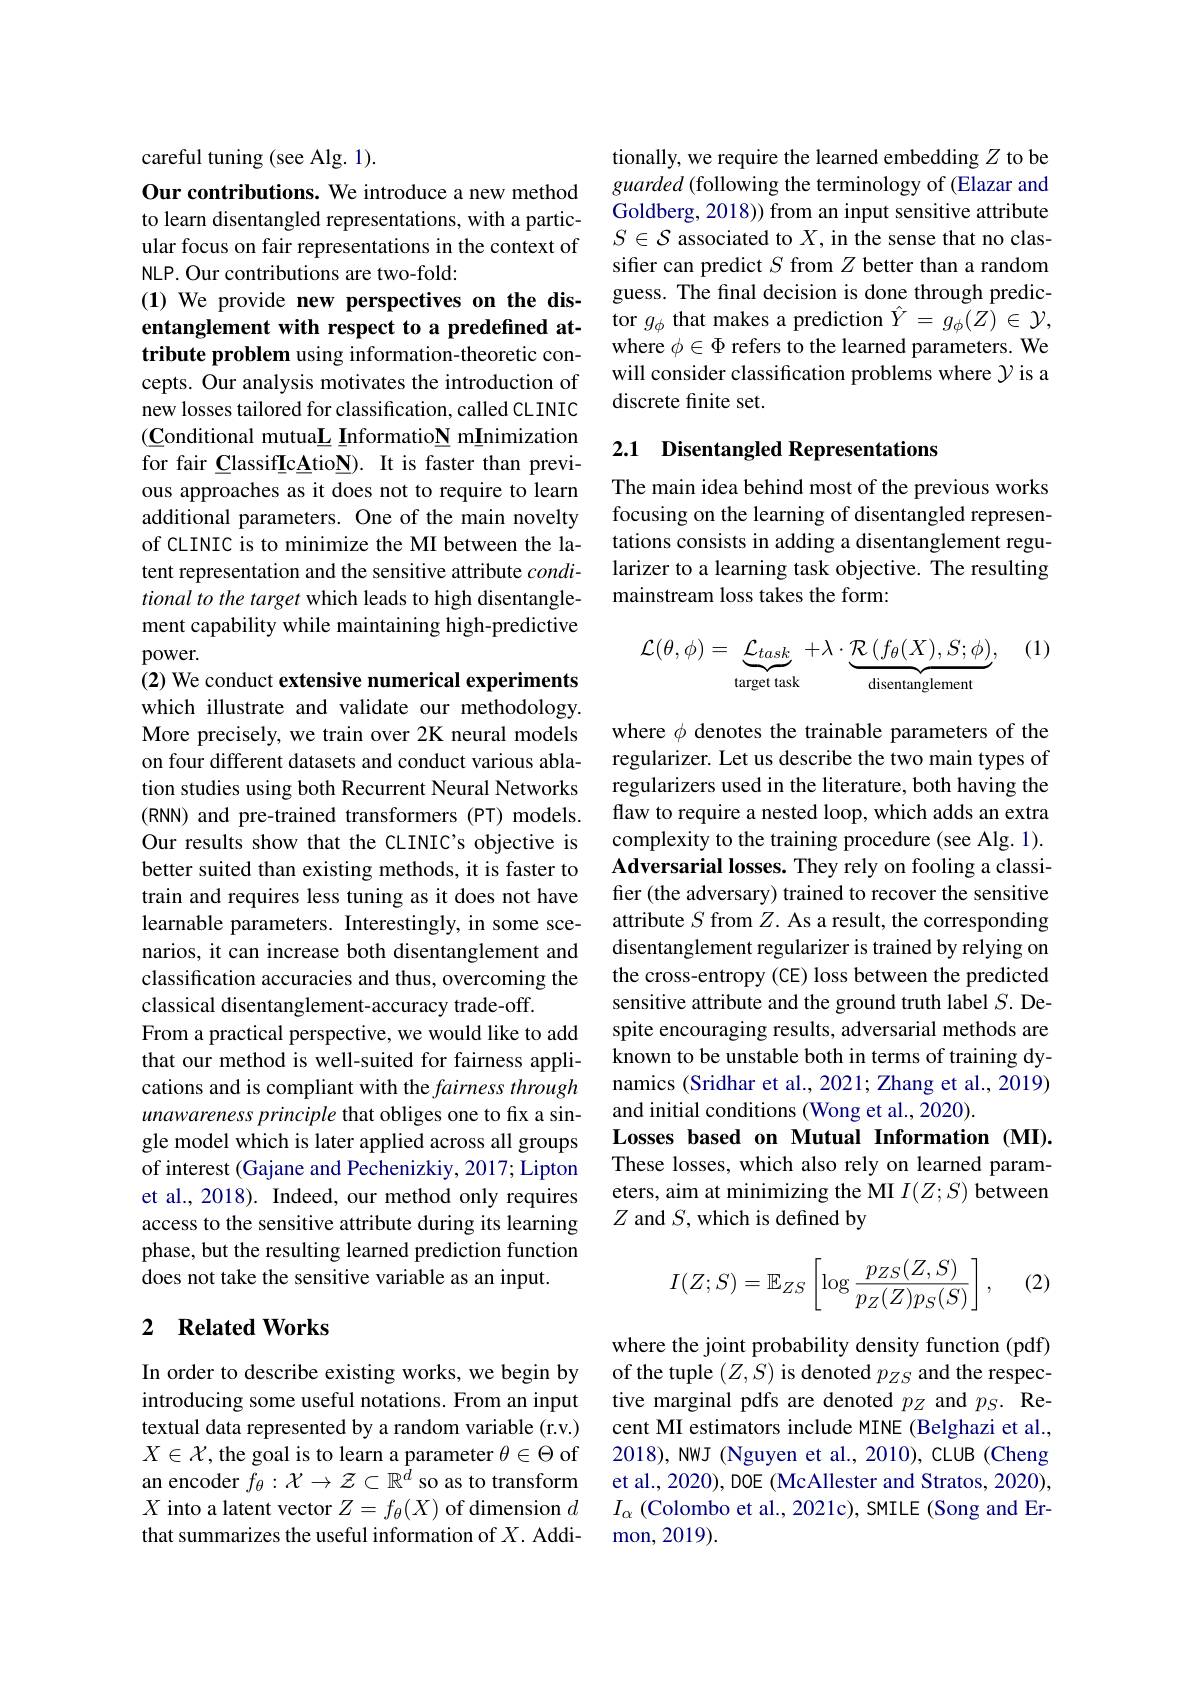
careful tuning (see Alg. 1).

Our contributions. We introduce a new method to learn disentangled representations, with a particular focus on fair representations in the context of NLP. Our contributions are two-fold:
(1) We provide new perspectives on the dis-

entanglement with respect to a predefined at-

tribute problem using information-theoretic con-

cepts. Our analysis motivates the introduction of

new losses tailored for classification, called CLINIC

$(\underline{\mathbf{C}}$onditional mutua$\underline{\mathbf{L}}\underline{\mathbf{I}}$nformatio$\underline{\mathbf{N}}$ m$\underline{\mathbf{I}}$nimization

for fair ClassifIcAtioN). It is faster than previ-

ous approaches as it does not to require to learn

additional parameters. One of the main novelty

of CLINIC is to minimize the MI between the la-

tent representation and the sensitive attribute $condi-$

tional to the target which leads to high disentangle-

ment capability while maintaining high-predictive

$power.$

(2) We conduct extensive numerical experiments which illustrate and validate our methodology. More precisely, we train over 2K neural models on four different datasets and conduct various ablation studies using both Recurrent Neural Networks (RNN) and pre-trained transformers (PT) models. Our results show that the CLINIC's objective is better suited than existing methods, it is faster to train and requires less tuning as it does not have learnable parameters. Interestingly, in some scenarios, it can increase both disentanglement and classification accuracies and thus, overcoming the classical disentanglement-accuracy trade-off.
From a practical perspective, we would like to add that our method is well-suited for fairness applications and is compliant with the fairness through unawareness principle that obliges one to fix a single model which is later applied across all groups of interest (Gajane and Pechenizkiy, 2017; Lipton et al., 2018). Indeed, our method only requires access to the sensitive attribute during its learning phase, but the resulting learned prediction function does not take the sensitive variable as an input.

## 2 $\textbf{Related Works}$

In order to describe existing works, we begin by introducing some useful notations. From an input textual data represented by a random variable (r.v.) $X\in\mathcal{X}$,the goal is to learn a parameter $\theta\in\Theta$ of an encoder $\bar{f_\theta}:\mathcal{X}\to\mathcal{Z}\subset\mathbb{R}^{\bar{d}}$ so as to transform $X$ into a latent vector $Z=f_\theta(X)$ of dimension $d$ that summarizes the useful information of $X.$ Addi-

tionally, we require the learned embedding $Z$ to be guarded (following the terminology of (Elazar and Goldberg, 2018)) from an input sensitive attribute $S\in\mathcal{S}$ associated to $X$, in the sense that no classifier can predict $S$ from $Z$ better than a random guess. The final decision is done through predictor $g_\phi$ that makes a prediction $\hat{Y}=g_\phi(Z)\in\mathcal{Y}$, where $\phi\in\Phi$ refers to the learned parameters. We will consider classification problems where $\mathcal{Y}$ is a discrete finite set.

## 2.1 Disentangled Representations

The main idea behind most of the previous works focusing on the learning of disentangled representations consists in adding a disentanglement regularizer to a learning task objective. The resulting mainstream loss takes the form:

(1)
$$\mathcal{L}(\theta,\phi)=\underbrace{\mathcal{L}_{task}}_{\text{target task}}+\lambda\cdot\underbrace{\mathcal{R}\left(f_{\theta}(X),S;\phi\right)}_{\text{disentanglement}},$$
where $\phi$ denotes the trainable parameters of the regularizer. Let us describe the two main types of regularizers used in the literature, both having the flaw to require a nested loop, which adds an extra complexity to the training procedure (see Alg. 1). Adversarial losses. They rely on fooling a classifier (the adversary) trained to recover the sensitive attribute $S$ from $Z.$ As a result, the corresponding disentanglement regularizer is trained by relying on the cross-entropy (CE) loss between the predicted sensitive attribute and the ground truth label $S.$ Despite encouraging results, adversarial methods are known to be unstable both in terms of training dynamics (Sridhar et al., 2021; Zhang et al., 2019) and initial conditions (Wong et al., 2020).
Losses based on Mutual Information (MI). These losses, which also rely on learned parameters, aim at minimizing the MI$I(Z;S)$ between $Z$ and $S$,which is defined by
$$I(Z;S)=\mathbb{E}_{ZS}\left[\log\frac{p_{ZS}(Z,S)}{p_{Z}(Z)p_{S}(S)}\right],$$
(2)

where the joint probability density function (pdf) of the tuple $(Z,S)$ is denoted $p_ZS$ and the respective marginal pdfs are denoted $p_Z$ and $p_S.$ Recent MI estimators include MINE (Belghazi et al., 2018), NWJ (Nguyen et al., 2010), CLUB (Cheng et al., 2020), DOE (McAllester and Stratos, 2020), $I_{\alpha }$ (Colombo et al., 2021c), SMILE (Song and Ermon,  2019).